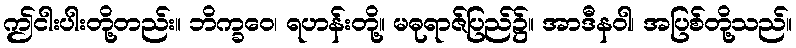
ဤငါးပါးတို့တည်း။ ဘိက္ခဝေ၊ ရဟန်းတို့။ မဓုရာဇ်ပြည်၌။ အာဒီနဝါ၊ အပြစ်တို့သည်။